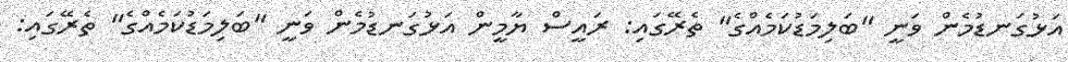
އަޅުގަނޑުމެން ވަނީ "ބަލިމަޑުކަމެއްގެ" ތެރޭގައި: ރައީސް ޔާމީން އަޅުގަނޑުމެން ވަނީ "ބަލިމަޑުކަމެއްގެ" ތެރޭގައި: